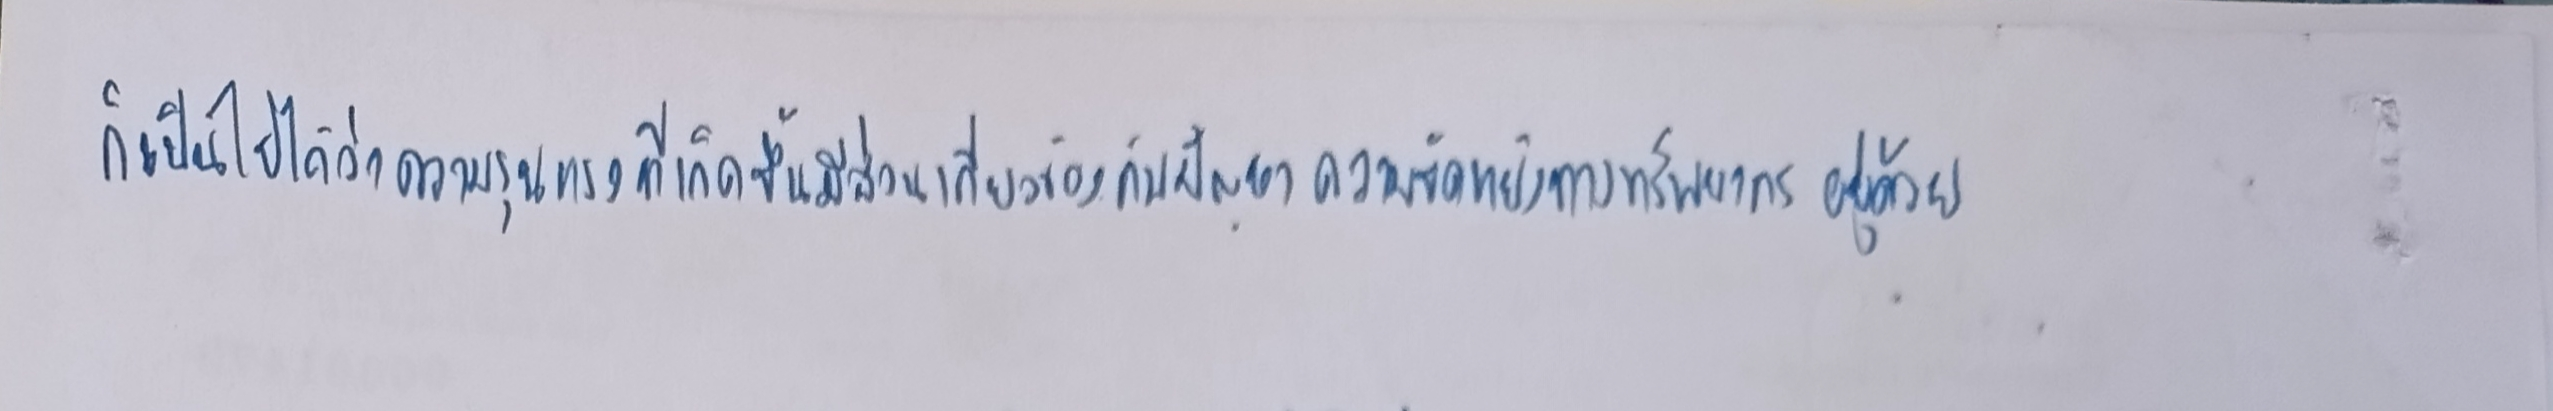
ก็เป็นไปได้ว่าความรุนแรงที่เกิดขึ้นมีส่วนเกี่ยวข้องกับปัญหาความขัดแย้งทางทรัพยากรอยู่ด้วย